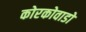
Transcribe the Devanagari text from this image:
कोरकोवाडो